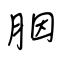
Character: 胭